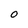
Character: 0